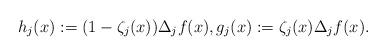
LaTeX: \begin{align*}h_j(x):=(1-\zeta_j(x))\Delta_jf(x), g_j(x):= \zeta_j(x)\Delta_jf(x).\end{align*}